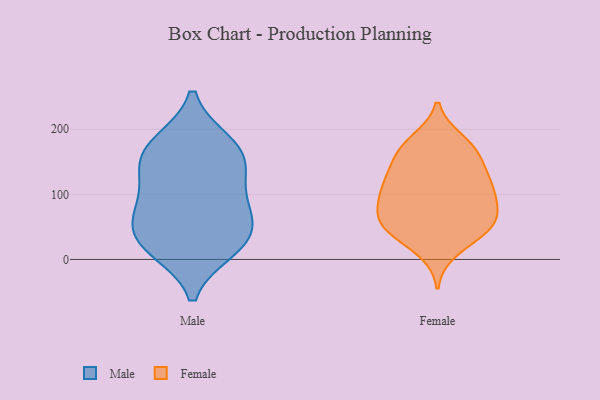
{"axis": {"x": "Waste Production (Tons)", "y": "Value"}, "legend": ["Female", "Male"], "data": [{"x": "", "y": 179, "type": "Male"}, {"x": "", "y": 138, "type": "Male"}, {"x": "", "y": 176, "type": "Male"}, {"x": "", "y": 84, "type": "Male"}, {"x": "", "y": 33, "type": "Male"}, {"x": "", "y": 85, "type": "Male"}, {"x": "", "y": 40, "type": "Male"}, {"x": "", "y": 67, "type": "Male"}, {"x": "", "y": 136, "type": "Male"}, {"x": "", "y": 160, "type": "Male"}, {"x": "", "y": 16, "type": "Male"}, {"x": "", "y": 19, "type": "Male"}, {"x": "", "y": 125, "type": "Female"}, {"x": "", "y": 171, "type": "Female"}, {"x": "", "y": 107, "type": "Female"}, {"x": "", "y": 170, "type": "Female"}, {"x": "", "y": 104, "type": "Female"}, {"x": "", "y": 182, "type": "Female"}, {"x": "", "y": 138, "type": "Female"}, {"x": "", "y": 112, "type": "Female"}, {"x": "", "y": 42, "type": "Female"}, {"x": "", "y": 14, "type": "Female"}, {"x": "", "y": 58, "type": "Female"}, {"x": "", "y": 83, "type": "Female"}, {"x": "", "y": 45, "type": "Female"}, {"x": "", "y": 99, "type": "Female"}, {"x": "", "y": 170, "type": "Female"}, {"x": "", "y": 53, "type": "Female"}, {"x": "", "y": 139, "type": "Female"}, {"x": "", "y": 70, "type": "Female"}, {"x": "", "y": 44, "type": "Female"}, {"x": "", "y": 70, "type": "Female"}]}